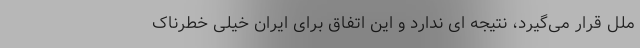
ملل قرار می‌گیرد، نتیجه ای ندارد و این اتفاق برای ایران خیلی خطرناک